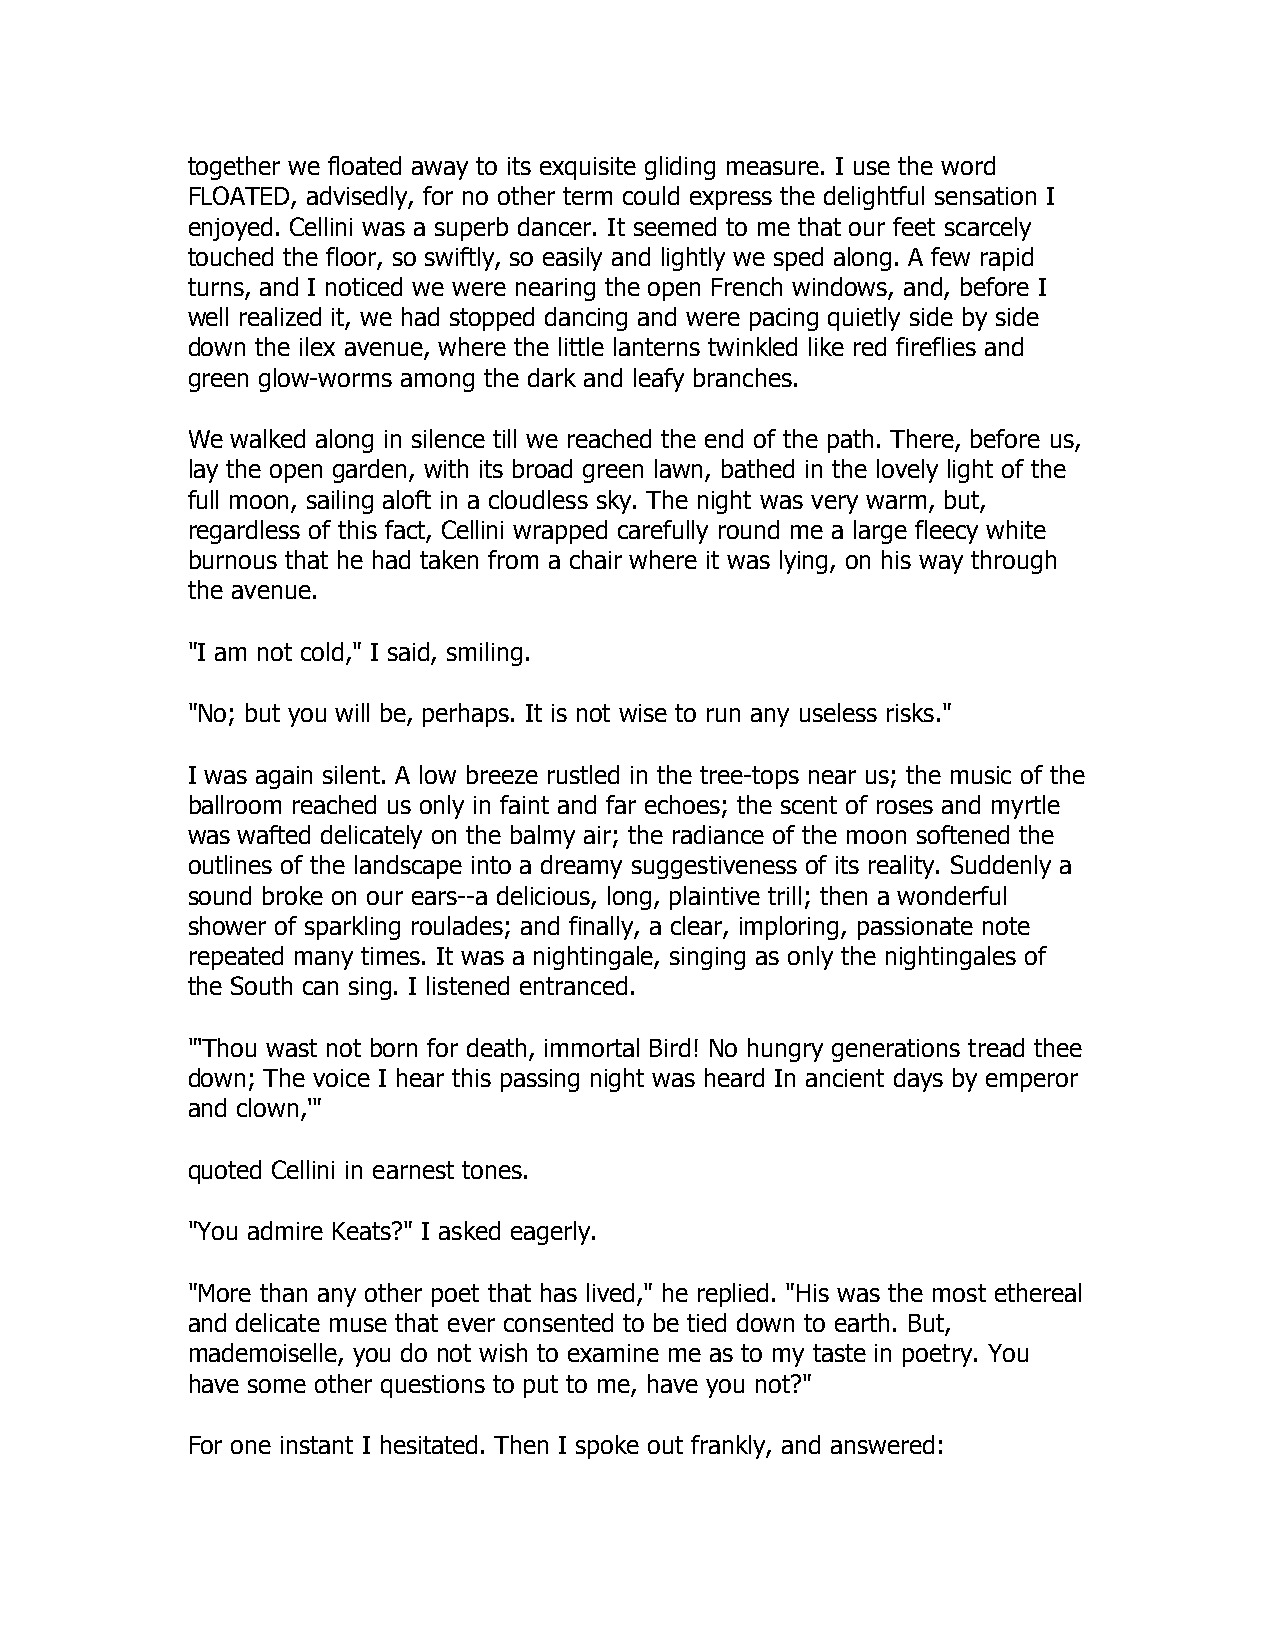
together we floated away to its exquisite gliding measure. I use the word
 FLOATED, advisedly, for no other term could express the delightful sensation I
 enjoyed. Cellini was a superb dancer. It seemed to me that our feet scarcely
 touched the floor, so swiftly, so easily and lightly we sped along. A few rapid
 turns, and I noticed we were nearing the open French windows, and, before I
 well realized it, we had stopped dancing and were pacing quietly side by side
 down the ilex avenue, where the little lanterns twinkled like red fireflies and
 green glow-worms among the dark and leafy branches.
 We walked along in silence till we reached the end of the path. There, before us,
 lay the open garden, with its broad green lawn, bathed in the lovely light of the
 full moon, sailing aloft in a cloudless sky. The night was very warm, but,
 regardless of this fact, Cellini wrapped carefully round me a large fleecy white
 burnous that he had taken from a chair where it was lying, on his way through
 the avenue.
 "I am not cold," I said, smiling.
 "No; but you will be, perhaps. It is not wise to run any useless risks."
 I was again silent. A low breeze rustled in the tree-tops near us; the music of the
 ballroom reached us only in faint and far echoes; the scent of roses and myrtle
 was wafted delicately on the balmy air; the radiance of the moon softened the
 outlines of the landscape into a dreamy suggestiveness of its reality. Suddenly a
 sound broke on our ears--a delicious, long, plaintive trill; then a wonderful
 shower of sparkling roulades; and finally, a clear, imploring, passionate note
 repeated many times. It was a nightingale, singing as only the nightingales of
 the South can sing. I listened entranced.
 "'Thou wast not born for death, immortal Bird! No hungry generations tread thee
 down; The voice I hear this passing night was heard In ancient days by emperor
 and clown,'"
 quoted Cellini in earnest tones.
 "You admire Keats?" I asked eagerly.
 "More than any other poet that has lived," he replied. "His was the most ethereal
 and delicate muse that ever consented to be tied down to earth. But,
 mademoiselle, you do not wish to examine me as to my taste in poetry. You
 have some other questions to put to me, have you not?"
 For one instant I hesitated. Then I spoke out frankly, and answered: